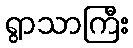
ရွာသာကြီး